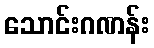
သောင်းဂဏန်း